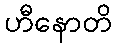
ဟီနောတိ